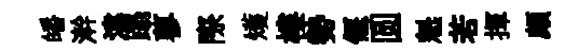
皤澣湋蹋蓼際矱樓勢偃圆魁若揮頗